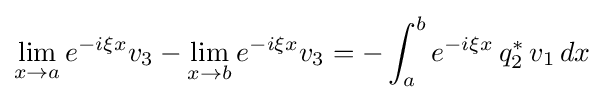
\lim _{x\to a}e^{-i\xi x}v_{3}-\lim _{x\to b}e^{-i\xi x}v_{3}=-\int _{a}^{b}e^{-i\xi x}\,q_{2}^{*}\,v_{1}\,dx